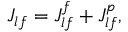
J _ { l f } = J _ { l f } ^ { f } + J _ { l f } ^ { p } ,